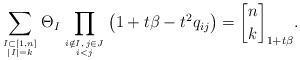
\begin{gather*} \sum_{I \subset [1,n] \atop |I|=k} \Theta_{I} \prod_{i \notin I, \, j \in J\atop i < j} \big(1+t \beta-t^2 q_{ij}\big)= {n \brack k}_{1+t \beta}.\end{gather*}